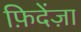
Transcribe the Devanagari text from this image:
फ़िदेंज़ा